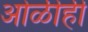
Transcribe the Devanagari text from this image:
ओळीही